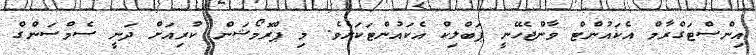
އިންސްޓަގްރާމް އެކައުންޓް ވާންޖެހޭނީ ޕަބްލިކް އެކައުންޓަކަށެވެ. މި ޕްރޮމޯޝަން ކުރިއަށް ދަނީ ސެމްސަންގް